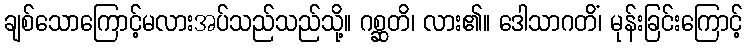
ချစ်သောကြောင့်မလားအပ်သည်သည်သို့။ ဂစ္ဆတိ၊ လား၏။ ဒေါသာဂတိံ၊ မုန်းခြင်းကြောင့်